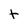
Character: t